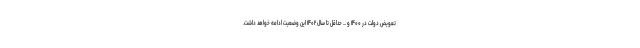
تعویض دولت در ۱۴۰۰ و ... حداقل تا سال ۱۴۰۲ این وضعیت ادامه خواهد داشت.